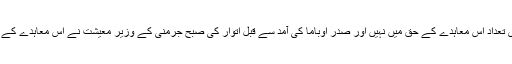
یاد رہے کہ جرمنی میں لوگوں کی ایک بڑی تعداد اس معاہدے کے حق میں نہیں اور صدر اوباما کی آمد سے قبل اتوار کی صبح جرمنی کے وزیر معیشت نے اس معاہدے کے حوالے سے امریکی موقف پر تنقید کی تھی۔